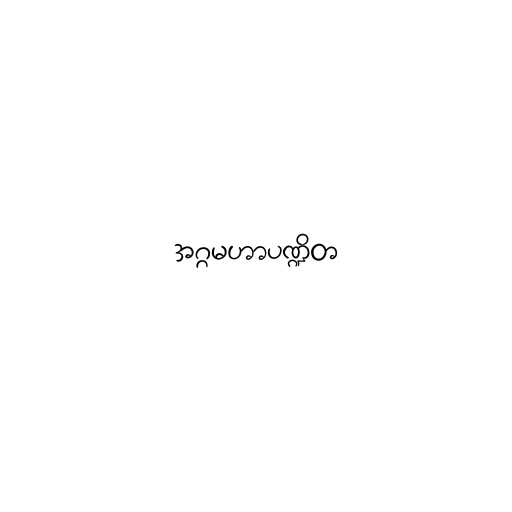
အဂ္ဂမဟာပဏ္ဍိတ